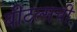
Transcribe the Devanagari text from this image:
बीटल्सची